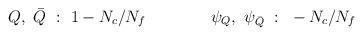
LaTeX: \begin{align*}Q, ~\bar Q ~ : ~ 1-N_c/N_f \qquad \qquad\psi _Q, ~ \psi _{\bar Q} ~ : ~ -N_c/N_f\end{align*}